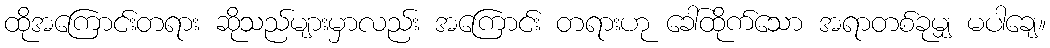
ထိုအကြောင်းတရား ဆိုသည်များမှာလည်း အကြောင်း တရားဟု ခေါ်ထိုက်သော အရာတစ်ခုမျှ မပါချေ။